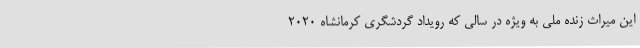
این میراث زنده ملی به ویژه در سالی که رویداد گردشگری کرمانشاه 2020